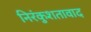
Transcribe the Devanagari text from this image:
निरंकुशतावाद